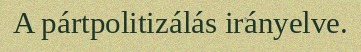
A pártpolitizálás irányelve.